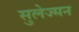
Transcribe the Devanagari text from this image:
सुलेज्मन